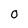
Character: O